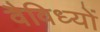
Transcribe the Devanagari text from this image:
वैविध्यों